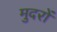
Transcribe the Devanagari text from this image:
मुदरों